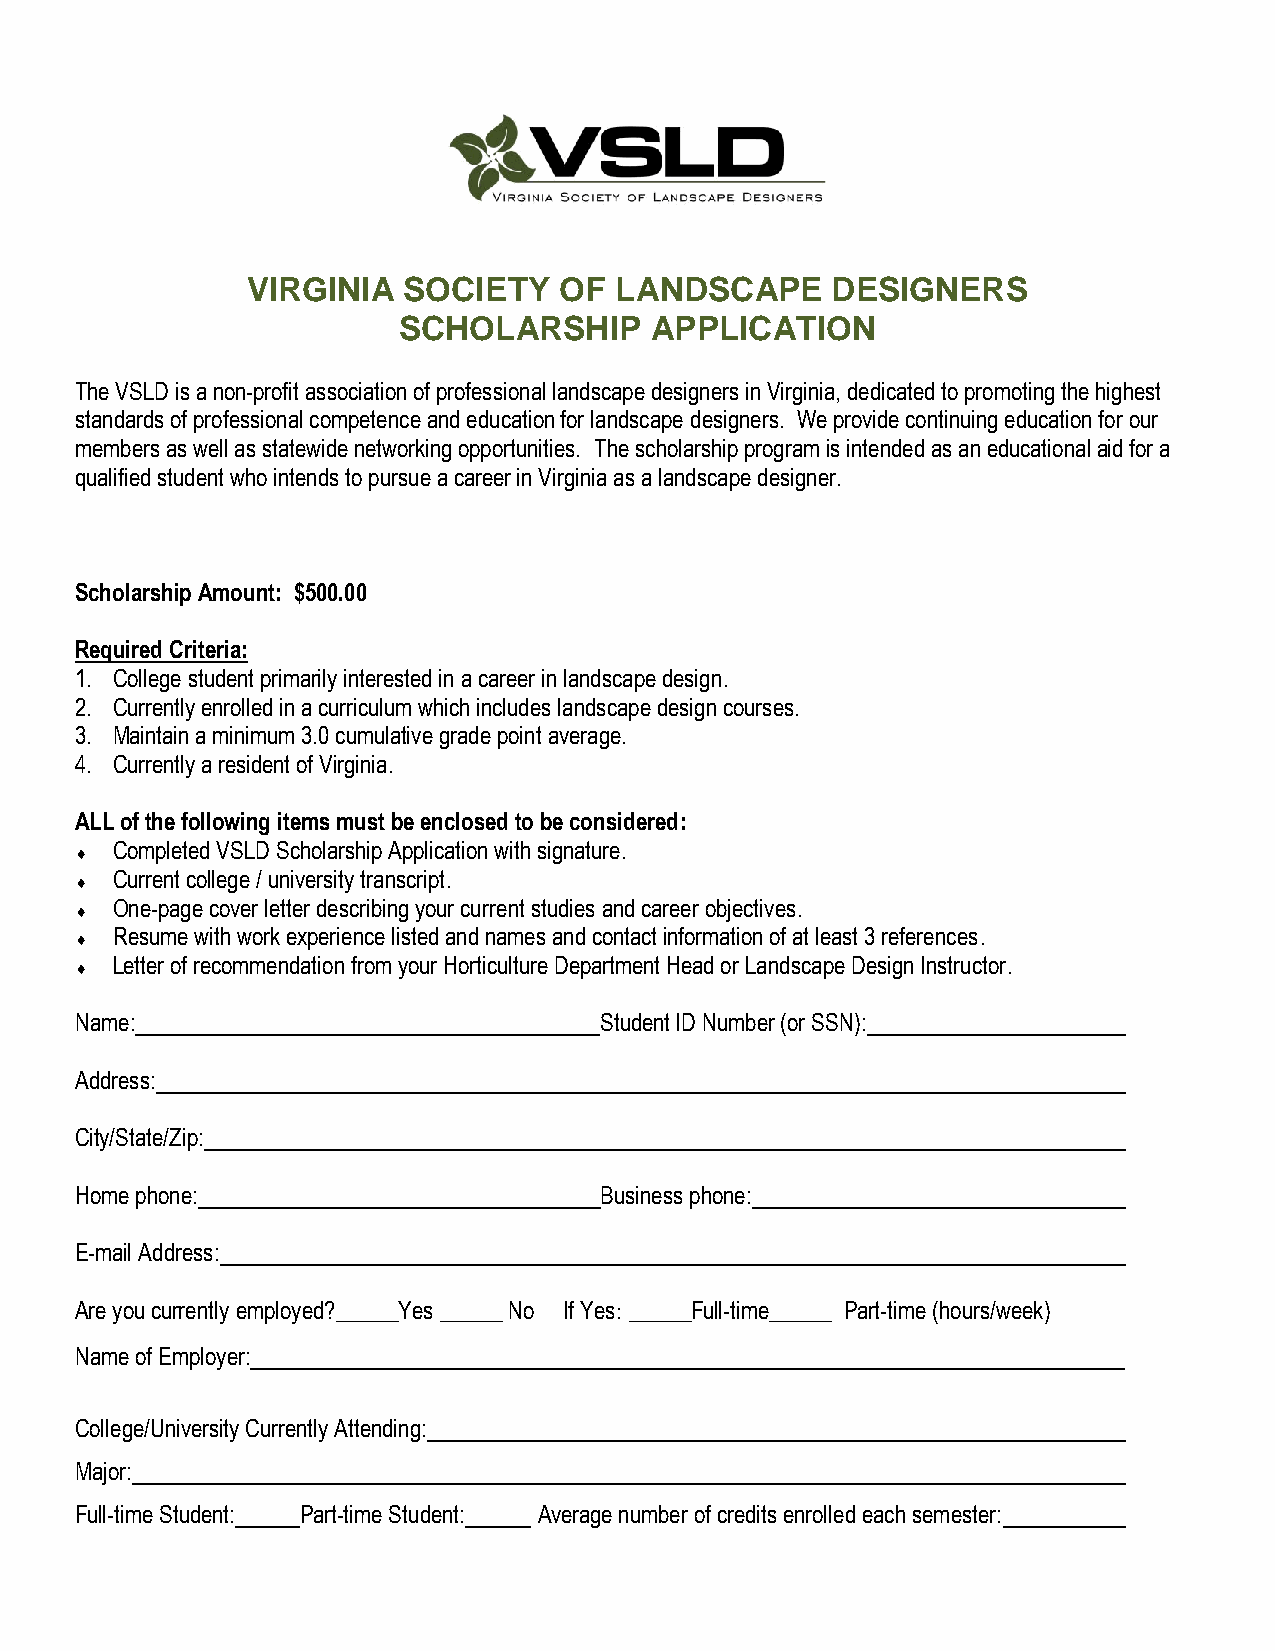
VIRGINIA   SOCIETY   OF  LANDSCAPE     DESIGNERS
 SCHOLARSHIP      APPLICATION
 The VSLD is a non-profit association of professional landscape designers in Virginia, dedicated to promoting the highest
 standards of professional competence and education for landscape designers. We provide continuing education for our
 members as well as statewide networking opportunities. The scholarship program is intended as an educational aid for a
 qualified student who intends to pursue a career in Virginia as a landscape designer.
 Scholarship Amount: $500.00
 Required Criteria:
 1. College student primarily interested in a career in landscape design.
 2. Currently enrolled in a curriculum which includes landscape design courses.
 3. Maintain a minimum 3.0 cumulative grade point average.
 4. Currently a resident of Virginia.
 ALL of the following items must be enclosed to be considered:
 Completed VSLD Scholarship Application with signature.
 
 Current college / university transcript.
 
 One-page cover letter describing your current studies and career objectives.
 
 Resume with work experience listed and names and contact information of at least 3 references.
 
 Letter of recommendation from your Horticulture Department Head or Landscape Design Instructor.
 
 Name:                              Student ID Number (or SSN):
 Address:
 City/State/Zip:
 Home phone:                        Business phone:
 E-mail Address:
 Are you currently employed?_____Yes _____ No If Yes: _____Full-time_____ Part-time (hours/week)
 Name of Employer:
 College/University Currently Attending:
 Major:
 Full-time Student: Part-time Student: Average number of credits enrolled each semester: